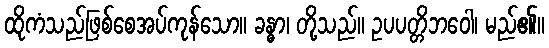
ထိုကံသည်ဖြစ်စေအပ်ကုန်သော။ ခန္ဓာ၊ တို့သည်။ ဥပပတ္တိဘဝေါ၊ မည်၏။